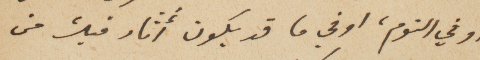
او في النوم، او في ما قد يكون أثار فيك من